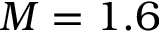
M = 1 . 6